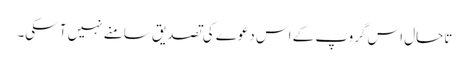
تاحال اس گروپ کے اس دعوے کی تصدیق سامنے نہیں آ سکی۔